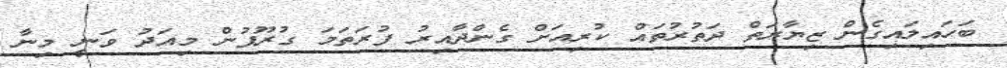
ބަހައިލައިގެން ޒިޔާރަތް ދަތުރުތައް ކުރިއަށް ގެންދާއިރު ފުރަތަމަ ގުރޫޕުން މިއަދު ވަނީ މިނާ